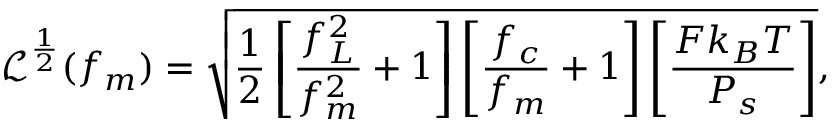
\mathcal { L } ^ { \frac { 1 } { 2 } } ( f _ { m } ) = \sqrt { \frac { 1 } { 2 } \left[ \frac { f _ { L } ^ { 2 } } { f _ { m } ^ { 2 } } + 1 \right] \left[ \frac { f _ { c } } { f _ { m } } + 1 \right] \left[ \frac { F k _ { B } T } { P _ { s } } \right] } ,